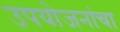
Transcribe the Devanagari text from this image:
उपयोजनांचा